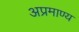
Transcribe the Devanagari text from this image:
अप्रमाण्य